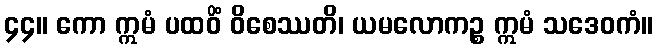
၄၄။ ကော ဣမံ ပထဝိံ ဝိစေဿတိ၊ ယမလောကဉ္စ ဣမံ သဒေဝကံ။